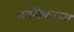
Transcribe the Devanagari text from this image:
नासिकच्या